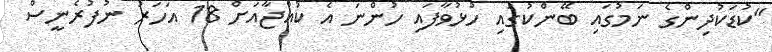
"ކުޑަކުދިންގެ ނަމުގައި ބޭންކުގައި ހުޅުވާފައި ހުންނަ އެ ކުއްޖާއަށް 18 އަހަރު ނުފުރެނީސް